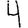
Digit: 4